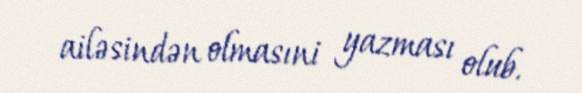
ailəsindən olmasıni yazması olub.